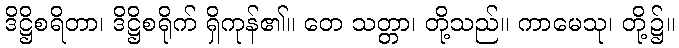
ဒိဋ္ဌိစရိတာ၊ ဒိဋ္ဌိစရိုက် ရှိကုန်၏။ တေ သတ္တာ၊ တို့သည်။ ကာမေသု၊ တို့၌။